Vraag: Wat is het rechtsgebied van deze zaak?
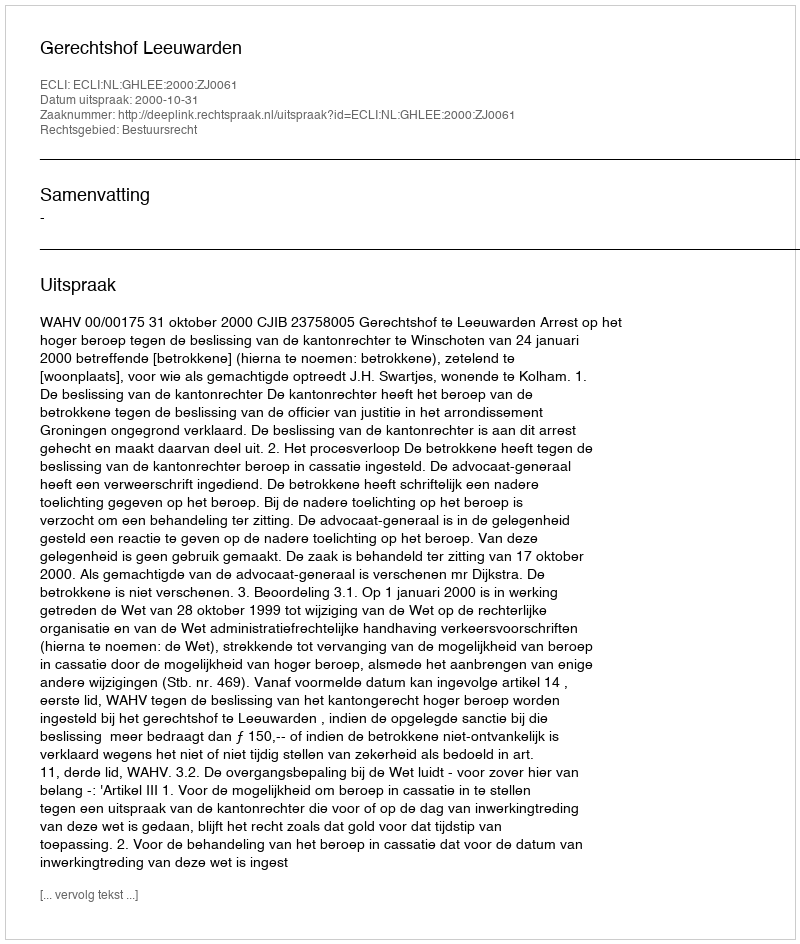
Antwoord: Bestuursrecht